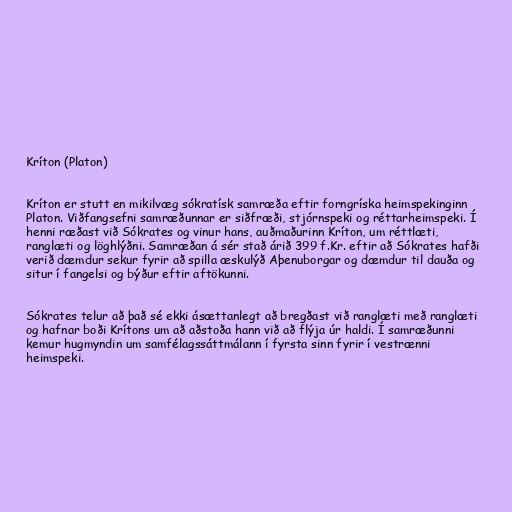
Kríton (Platon)

Kríton er stutt en mikilvæg sókratísk samræða eftir forngríska heimspekinginn
Platon. Viðfangsefni samræðunnar er siðfræði, stjórnspeki og réttarheimspeki. Í
henni ræðast við Sókrates og vinur hans, auðmaðurinn Kríton, um réttlæti,
ranglæti og löghlýðni. Samræðan á sér stað árið 399 f.Kr. eftir að Sókrates hafði
verið dæmdur sekur fyrir að spilla æskulýð Aþenuborgar og dæmdur til dauða og
situr í fangelsi og býður eftir aftökunni.

Sókrates telur að það sé ekki ásættanlegt að bregðast við ranglæti með ranglæti
og hafnar boði Krítons um að aðstoða hann við að flýja úr haldi. Í samræðunni
kemur hugmyndin um samfélagssáttmálann í fyrsta sinn fyrir í vestrænni
heimspeki.